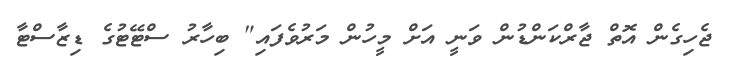
ޖެހިގެން އޮތް ޖާރްކަންޑުން ވަނީ އަށް މީހުން މަރުވެފައި" ބިހާރު ސްޓޭޓުގެ ޑިޒާސްޓާ